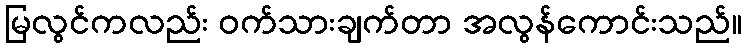
မြလွင်ကလည်း ဝက်သားချက်တာ အလွန်ကောင်းသည်။